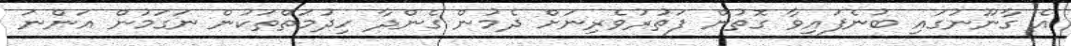
އެ ގާނޫނުގައި ބުނެފައިވާ ގޮތުން ފަތުރުވެރިނަށް ދެމުން ގެންދާ ހިދުމަތްތަކުން ނަގަމުން އަންނަ